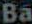
Ba